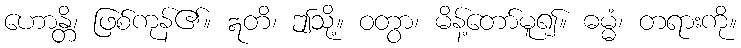
ဟောန္တိ၊ ဖြစ်ကုန်၏။ ဣတိ၊ ဤသို့။ ဝတွာ၊ မိန့်တော်မူ၍။ ဓမ္မံ၊ တရားကို။